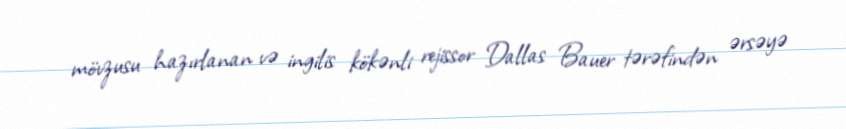
mövzusu hazırlanan və ingilis kökənli rejissor Dallas Bauer tərəfindən ərsəyə